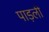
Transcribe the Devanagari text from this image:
पाड़ली